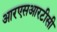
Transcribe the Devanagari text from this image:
आरएसआरटीसी